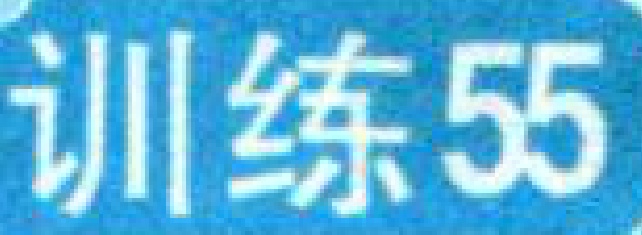
训练55